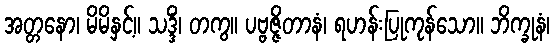
အတ္တနော၊ မိမိနှင့်။ သဒ္ဒိံ၊ တကွ။ ပဗ္ဗဇ္ဇိတာနံ၊ ရဟန်းပြုကုန်သော။ ဘိက္ခုနံ၊